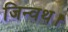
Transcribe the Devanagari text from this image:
जिन्वथ।